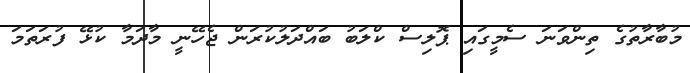
މުބާރާތުގެ ތިންވަނަ ސެމީގައި ޕޮލިސް ކްލަބު ބައްދަލުކުރަން ޖެހޭނީ މާދަމާ ކުޅޭ ފުރަތަމަ